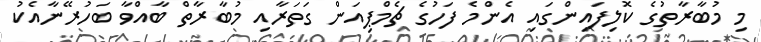
މި މުބާރާތުގެ ކޮލިފައިންގައި އެންމެ ފަހުގެ ޗެމްޕިއަން ގަތަރާއި މުބާރާތް ބާއްވާ ބަހުރޭނާއެކު